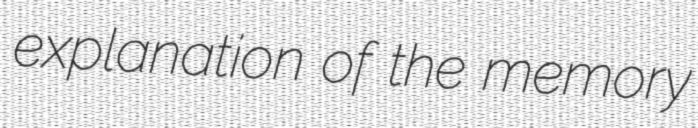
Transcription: explanation of the memory